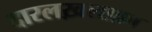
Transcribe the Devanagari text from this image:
दारलख़लाफ़ा